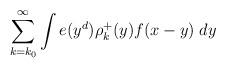
LaTeX: \begin{align*} \sum_{k = k_0} ^{\infty } \int e (y ^{d}) \rho ^{+}_k (y) f (x-y) \; dy \end{align*}